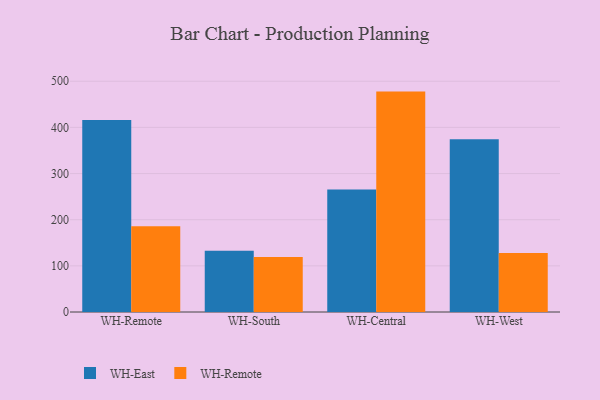
{"axis": {"x": "Warehouse", "y": "Production Output"}, "legend": ["WH-East", "WH-Remote"], "data": [{"x": "WH-Remote", "y": 416.3, "type": "WH-East"}, {"x": "WH-Remote", "y": 186.0, "type": "WH-Remote"}, {"x": "WH-South", "y": 132.5, "type": "WH-East"}, {"x": "WH-South", "y": 119.4, "type": "WH-Remote"}, {"x": "WH-Central", "y": 265.3, "type": "WH-East"}, {"x": "WH-Central", "y": 477.6, "type": "WH-Remote"}, {"x": "WH-West", "y": 374.3, "type": "WH-East"}, {"x": "WH-West", "y": 128.0, "type": "WH-Remote"}]}